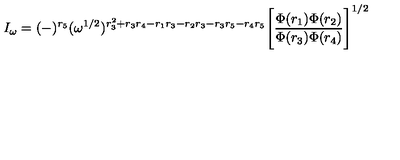
I _ { \omega } = ( - ) ^ { r _ { 5 } } ( \omega ^ { 1 / 2 } ) ^ { r _ { 3 } ^ { 2 } + r _ { 3 } r _ { 4 } - r _ { 1 } r _ { 3 } - r _ { 2 } r _ { 3 } - r _ { 3 } r _ { 5 } - r _ { 4 } r _ { 5 } } \Bigg [ \frac { \Phi ( r _ { 1 } ) \Phi ( r _ { 2 } ) } { \Phi ( r _ { 3 } ) \Phi ( r _ { 4 } ) } \Bigg ] ^ { 1 / 2 }